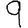
Digit: 9